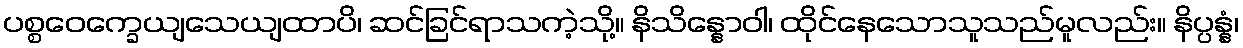
ပစ္စဝေက္ခေယျသေယျထာပိ၊ ဆင်ခြင်ရာသကဲ့သို့။ နိသိန္နောဝါ၊ ထိုင်နေသောသူသည်မူလည်း။ နိပ္ပန္နံ၊